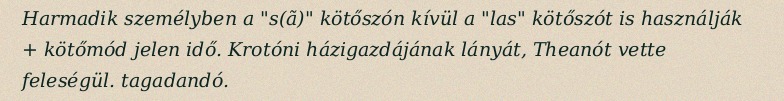
Harmadik személyben a "s(ã)" kötőszón kívül a "las" kötőszót is használják + kötőmód jelen idő. Krotóni házigazdájának lányát, Theanót vette feleségül. tagadandó.